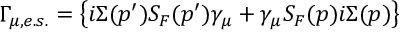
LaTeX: \Gamma _ { \mu , e . s . } = \left\{ i \Sigma ( p ^ { \prime } ) S _ { F } ( p ^ { \prime } ) \gamma _ { \mu } + \gamma _ { \mu } S _ { F } ( p ) i \Sigma ( p ) \right\}